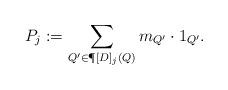
LaTeX: \begin{align*} P_j:=\sum\limits_{Q'\in\P[D]_j(Q)} m_{Q'}\cdot 1_{Q'}.\end{align*}